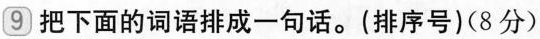
9把下面的词语排成一句话。(排序号)(8分)